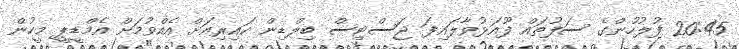
20:45 ފުލުހުންގެ ސަފުތައް ފޫއަޅުވާލައިފަ ޖަސްޓިސް ބިލްޑިން ކައިރިއަށް އެއްވުމަށް އެމްޑީޕީ މީހުން